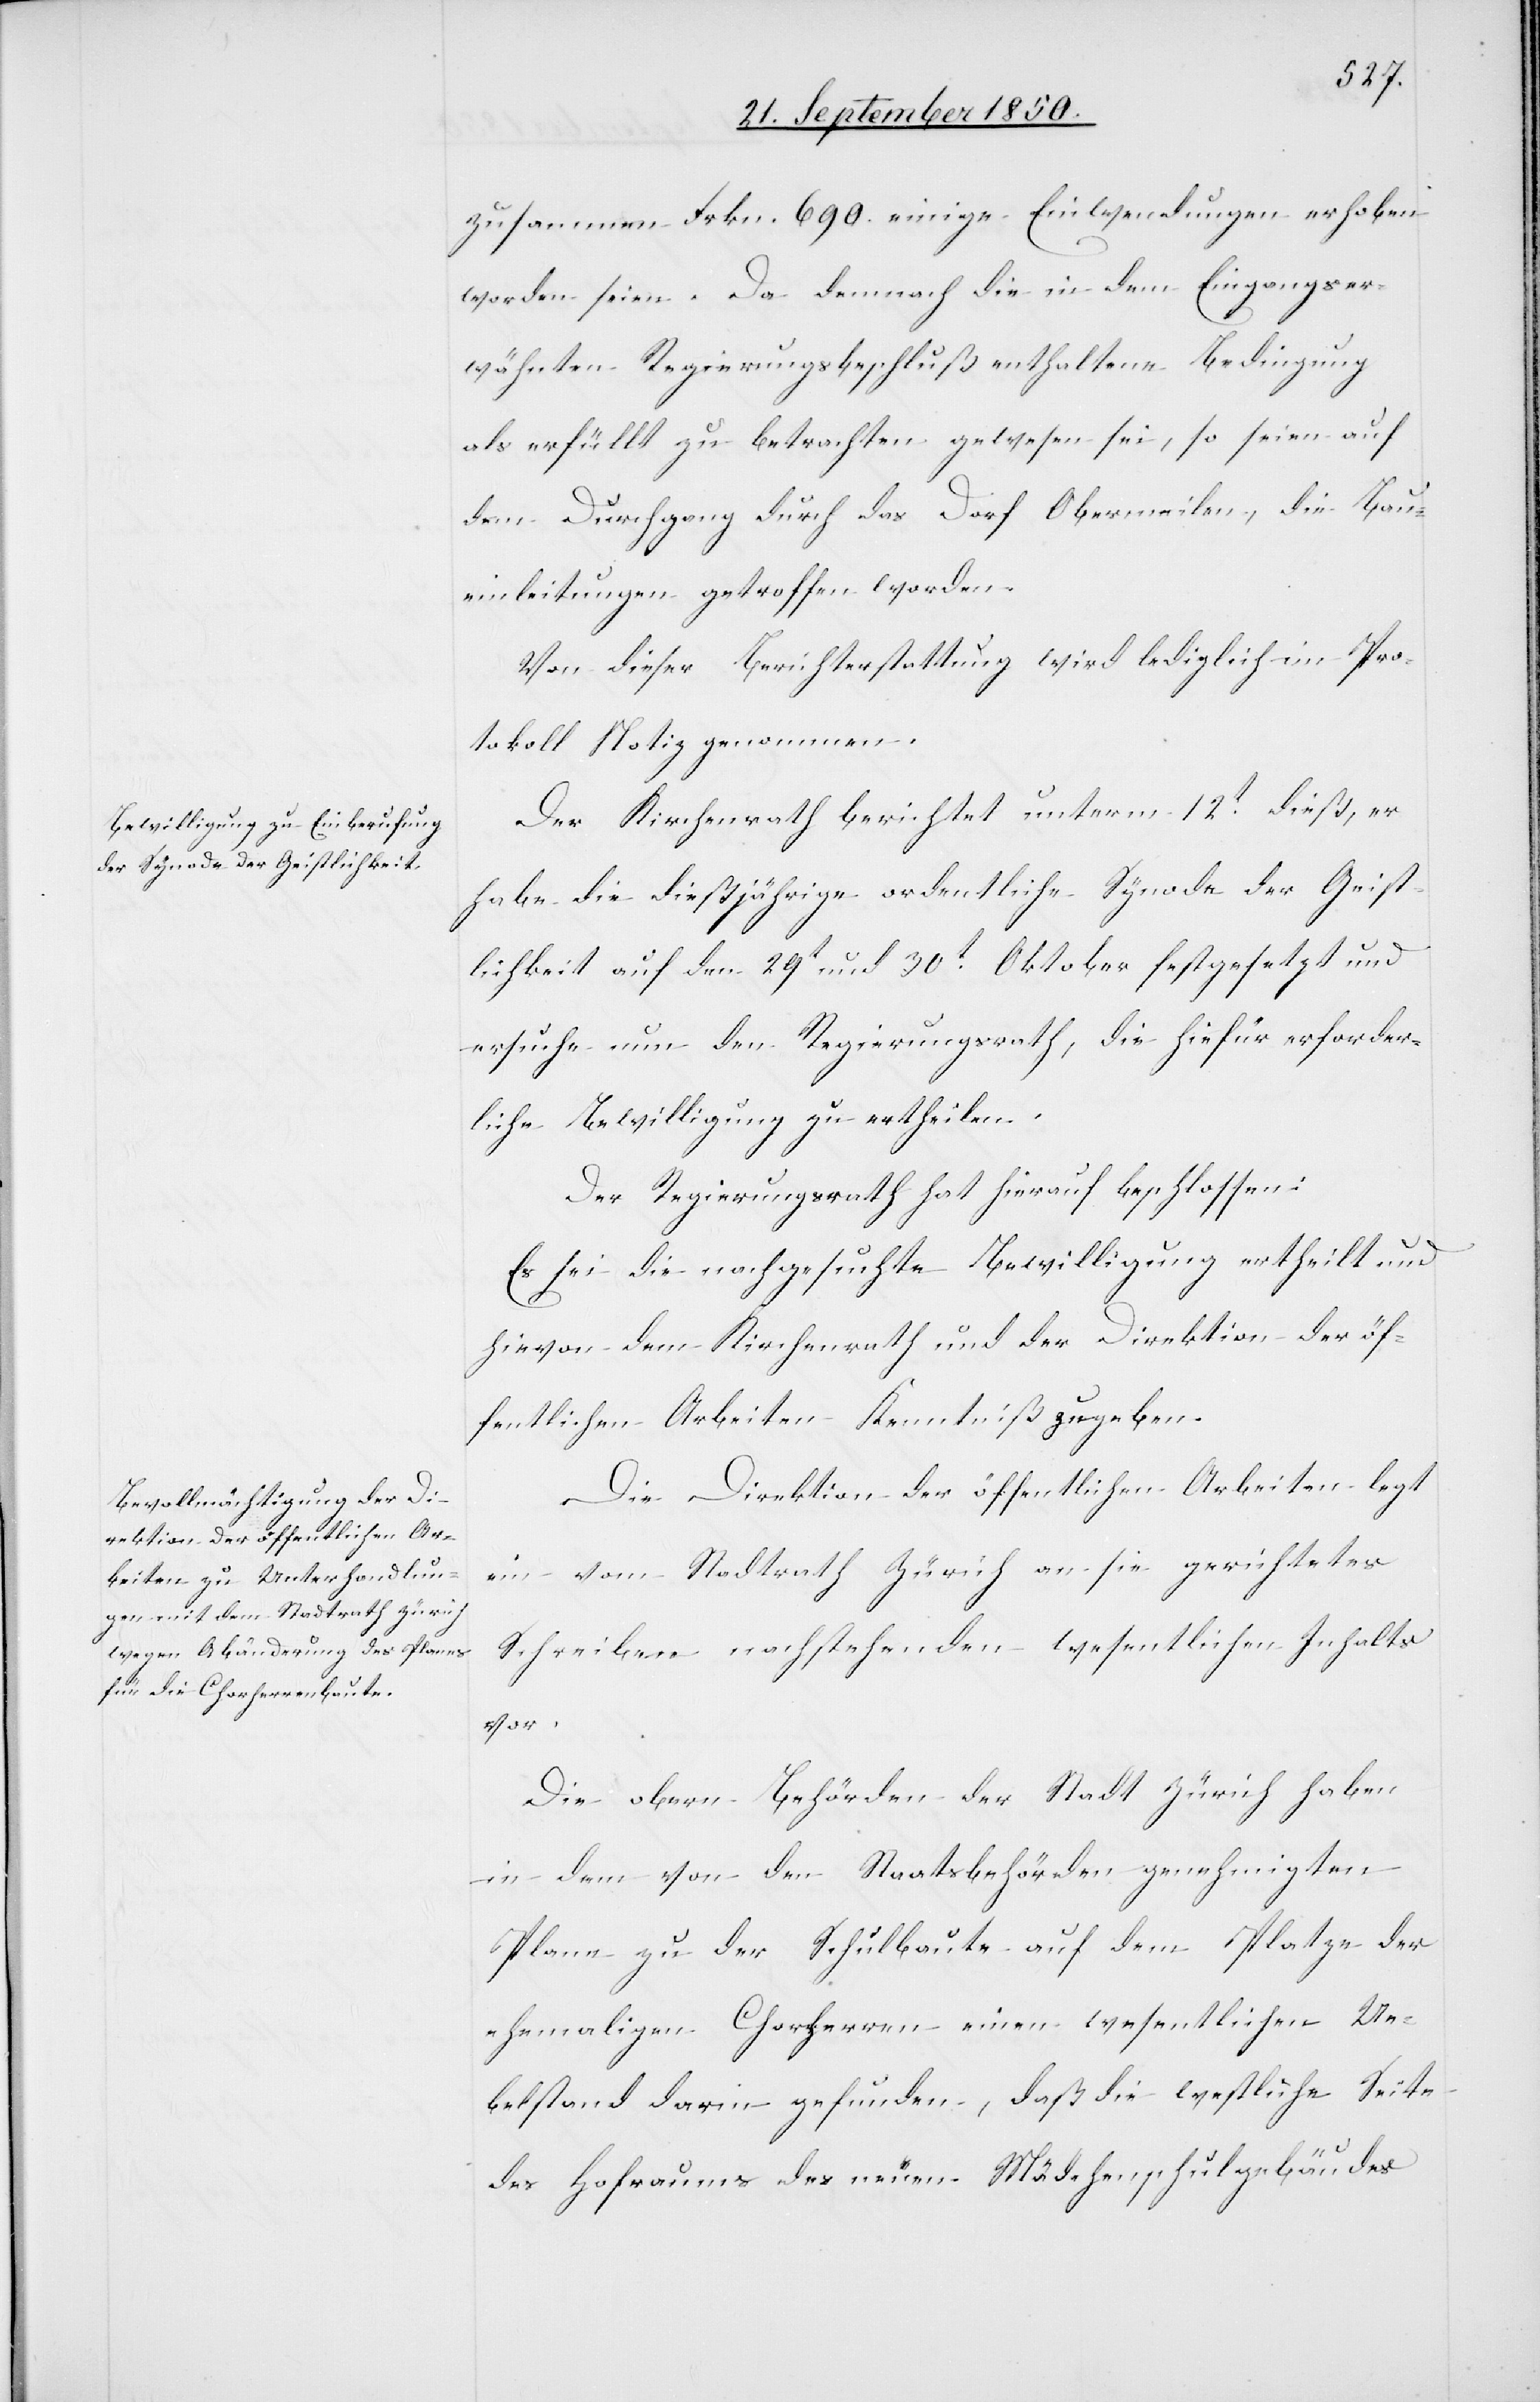
zusammen Frkn. 690. einige Einwendungen erhoben
worden seien. Da demnach die in dem Eingangser¬
wähnten Regierungsbeschluß enthaltene Bedingung
als erfüllt zu betrachten gewesen sei, so seien auf
dem Durchgang durch das Dorf Obermeilen, die Bau¬
einleitungen getroffen worden.
Von dieser Berichterstattung wird lediglich im Pro¬
tokoll Notiz genommen.
Der Kirchenrath berichtet unterm 12t dieß, er
habe die dießjährige ordentliche Synode der Geist¬
lichkeit auf den 29t und 30t Oktober festgesetzt und
ersuche nun den Regierungsrath, die hiefür erforder¬
liche Bewilligung zu ertheilen.
Der Regierungsrath hat hierauf beschlossen:
Es sei die nachgesuchte Bewilligung ertheilt und
hievon dem Kirchenrath und der Direktion der öf¬
fentlichen Arbeiten Kenntniß zu geben.
Die Direktion der öffentlichen Arbeiten legt
ein vom Stadtrath Zürich an sie gerichtetes
Schreiben nachstehenden wesentlichen Inhalts
vor.
Die obern Behörden der Stadt Zürich haben
in dem von den Staatsbehörden genehmigten
Plane zu der Schulbaute auf dem Platze der
ehemaligen Chorherren einen wesentlichen Ue¬
belstand darin gefunden, daß die westliche Seite
des Hofraums des neuen Mädchenschulgebäudes